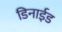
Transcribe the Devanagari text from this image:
डिनाईड